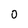
Character: 0